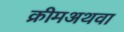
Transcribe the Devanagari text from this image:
क्रीमअथवा